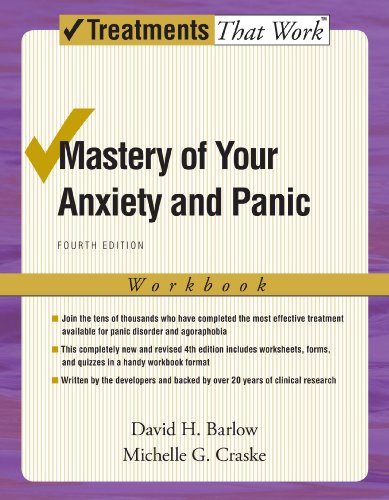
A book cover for Mastery of Your Anxiety and Panic: Workbook (Treatments That Work); David H. Barlow; Health, Fitness & Dieting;